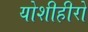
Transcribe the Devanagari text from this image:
योशीहीरो